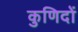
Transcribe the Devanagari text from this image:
कुणिदों